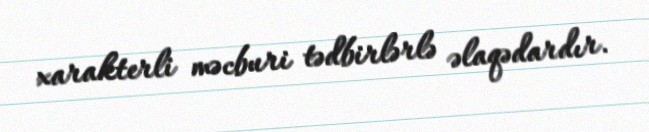
xarakterli məcburi tədbirlərlə əlaqədardır.